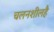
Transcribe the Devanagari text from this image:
चलनशीलहै